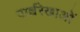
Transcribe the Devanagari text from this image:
पार्श्वरेखाओं